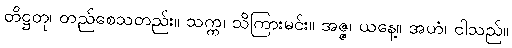
တိဋ္ဌတု၊ တည်စေသတည်း။ သက္က၊ သိကြားမင်း။ အဇ္ဇ၊ ယနေ့။ အဟံ၊ ငါသည်။